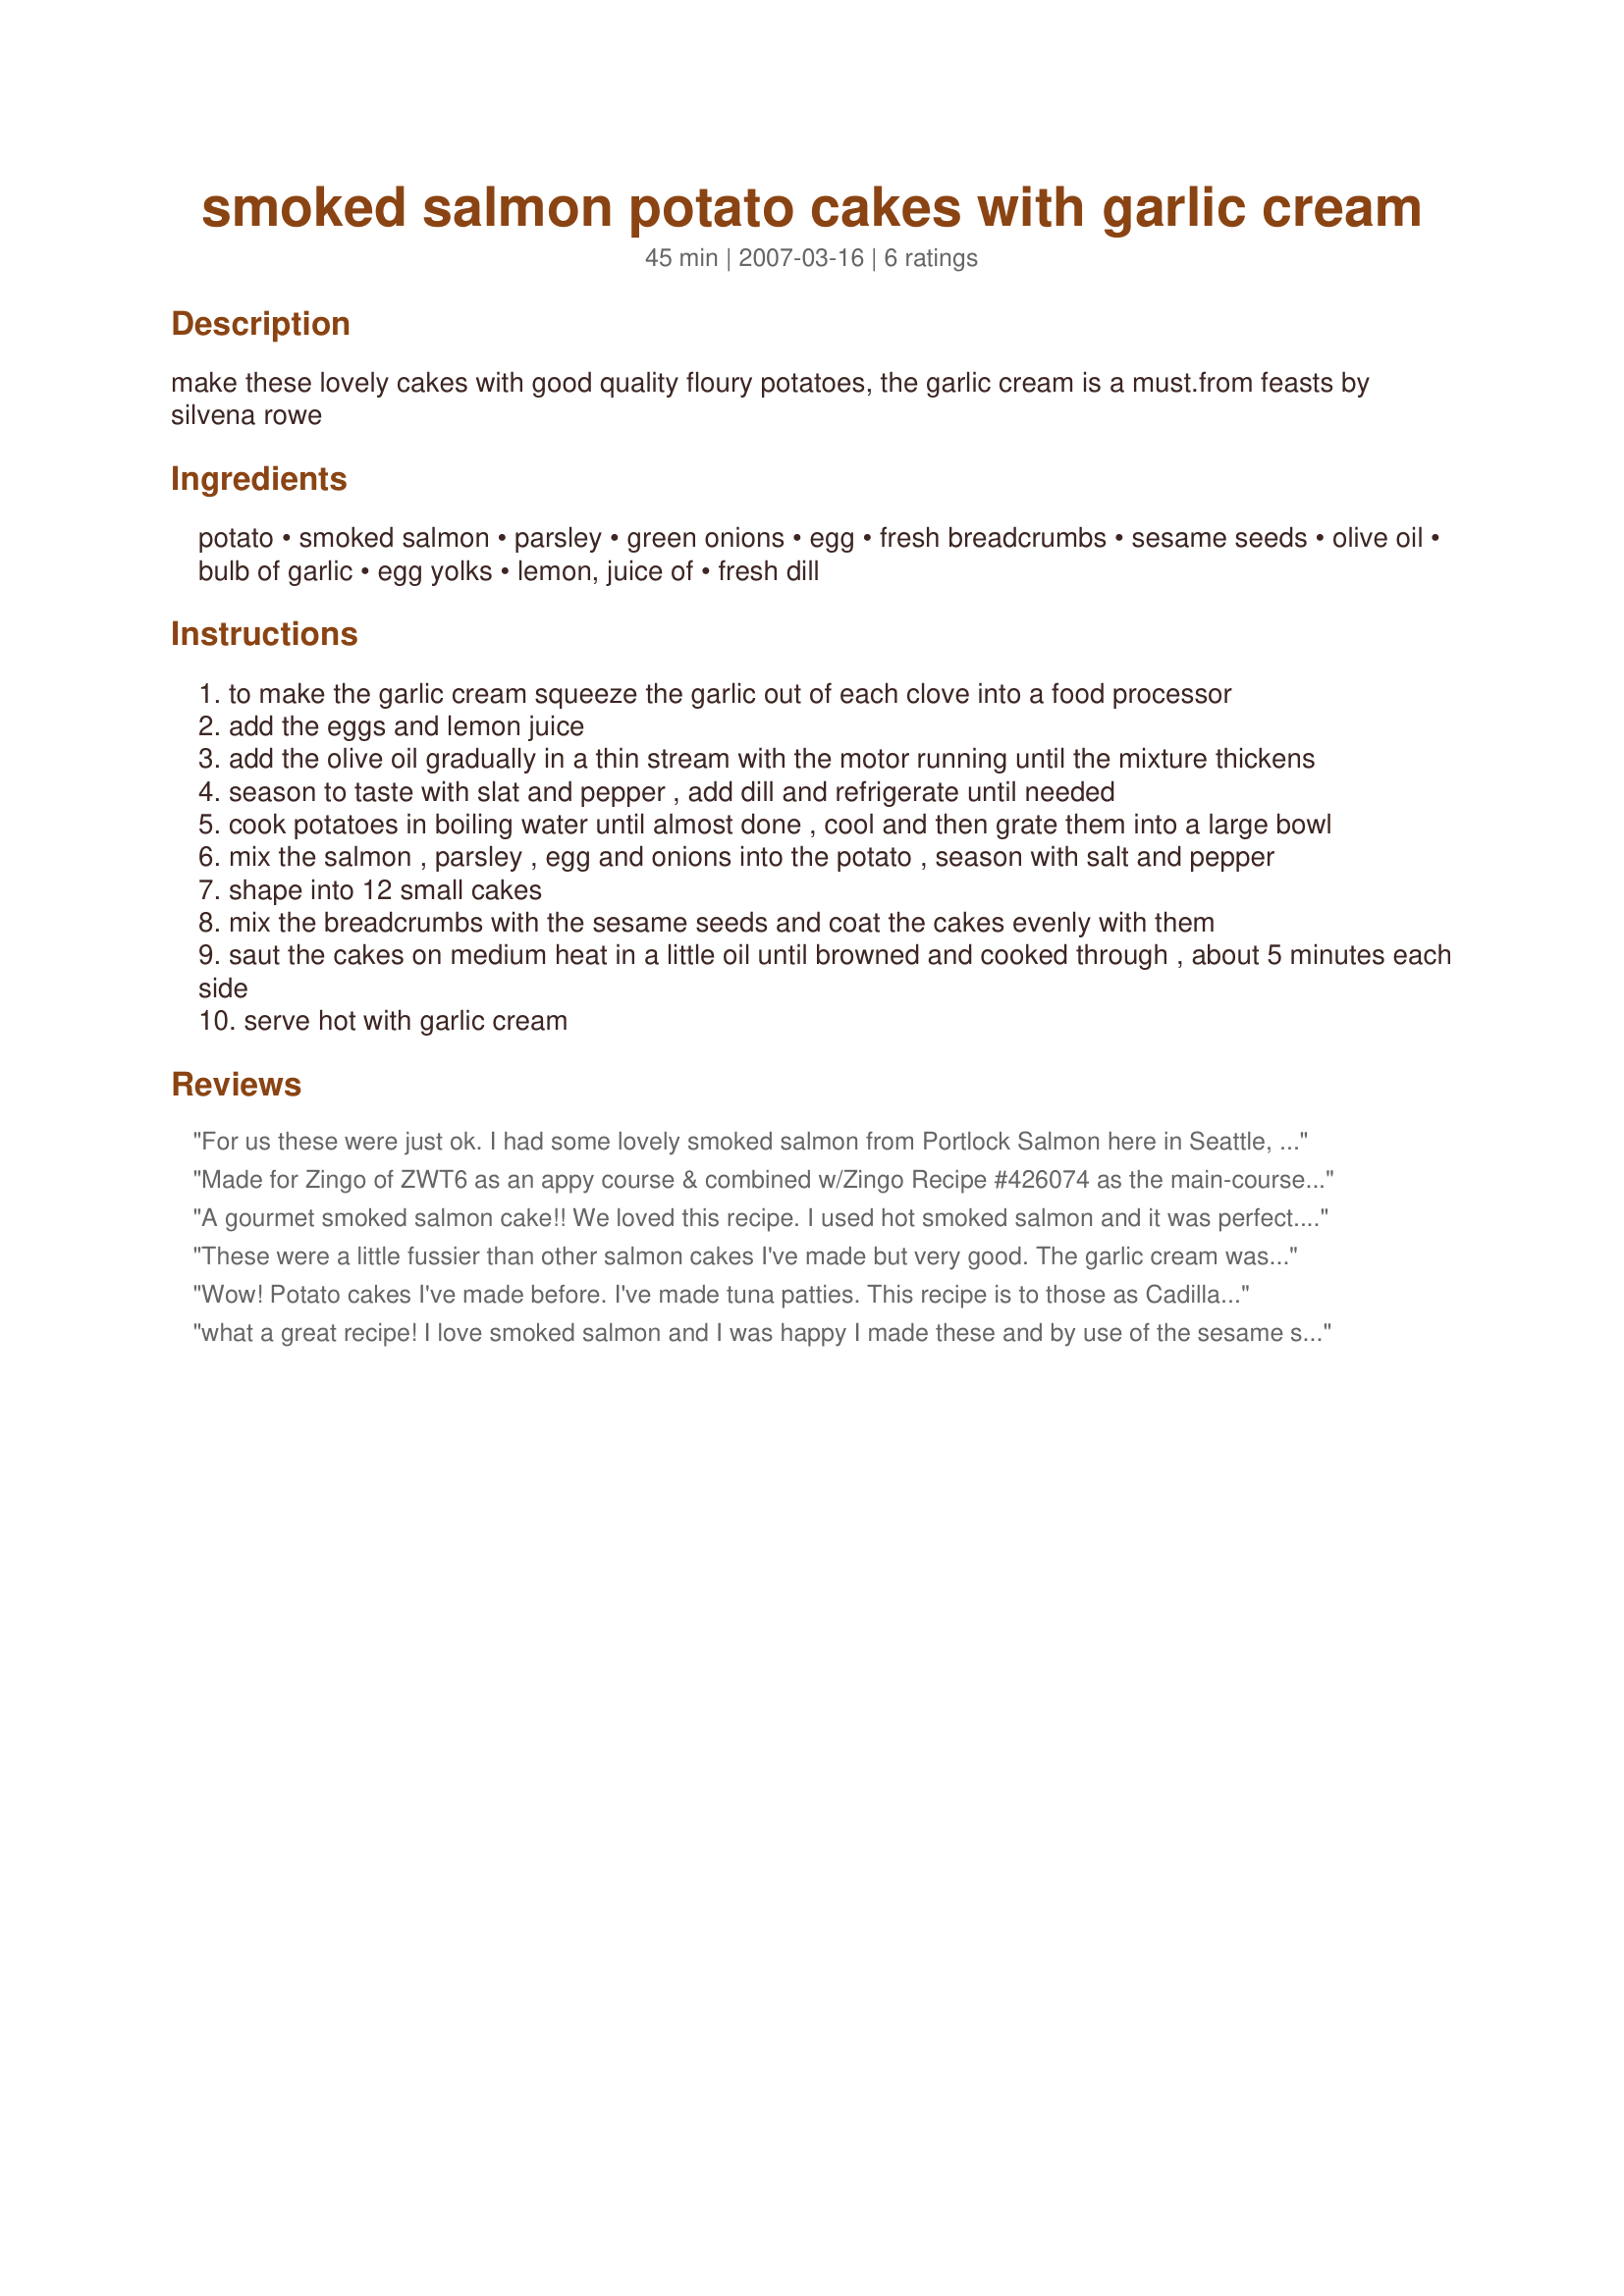
smoked salmon potato cakes with garlic cream
Preparation time: 45 minutes

make these lovely cakes with good quality floury potatoes, the garlic cream is a must.from feasts by silvena rowe

Ingredients:
potato, smoked salmon, parsley, green onions, egg, fresh breadcrumbs, sesame seeds, olive oil, bulb of garlic, egg yolks, lemon, juice of, fresh dill

Steps:
to make the garlic cream squeeze the garlic out of each clove into a food processor
add the eggs and lemon juice
add the olive oil gradually in a thin stream with the motor running until the mixture thickens
season to taste with slat and pepper , add dill and refrigerate until needed
cook potatoes in boiling water until almost done , cool and then grate them into a large bowl
mix the salmon , parsley , egg and onions into the potato , season with salt and pepper
shape into 12 small cakes
mix the breadcrumbs with the sesame seeds and coat the cakes evenly with them
saut the cakes on medium heat in a little oil until browned and cooked through , about 5 minutes each side
serve hot with garlic cream

Reviews:
For us these were just ok. I had some lovely smoked salmon from Portlock Salmon here in Seattle, and I felt it totally got lost in the potato. Overall I thought it need more seasoning, I added pepper but waited to add salt until I cooked them not knowing how salty the salmon would be; we did end up adding a little but maybe some dill or old bay would be good too. The garlic cream was a bit heavy for me, I also thought it needed a little pizzaz so I added extra lemon and a fresh garlic clove. Made for ZWT 6 ZINGO by one of the Unrulies Under the Influence.
Made for Zingo of ZWT6 as an appy course & combined w/Zingo Recipe #426074 as the main-course + an encore of Recipe #425179 as the finale, we celebrated the end of the Tour full & content. Icelanders revere potatoes, smoked salmon & cream sauces, so this recipe was made-to-order for us & did not disappoint. Made as written except for the addition of lemon pepper as a pers pref, the recipe yielded 12 perfect generously-sized appy patties that were easily handled & stayed intact. You are right that these are lovely cakes & the garlic cream sauce is a must. The combo is great, will be remembered as among our favourite ZWT6 tries & is certain to be shared w/our family & friends. Thx for posting this recipe for us & making the Tour even more memorable. :-)
A gourmet smoked salmon cake!! We loved this recipe. I used hot smoked salmon and it was perfect. The only change I made was to serve the garlic cream at room temperature. The combination of flavours in this dish are wonderful. Loved the crusty coating of crumbs and seeds on the cakes. Wonderful, easy recipe. Thanks for posting Lindsey.
These were a little fussier than other salmon cakes I've made but very good. The garlic cream was excellent. Made for ZWT6.
Wow! Potato cakes I've made before. I've made tuna patties. This recipe is to those as Cadillacs are to Yugos! And don't let me even start on the garlic cream! This was made as a light dinner tonight with Recipe #172016. Absolute heaven! Thnx, so much, for sharing your lovely recipe, Lindsey. Made for the Voracious Vagabonds of ZWT 6.
what a great recipe! I love smoked salmon and I was happy I made these and by use of the sesame seeds and skipping the breadcrumbs I was able to make them gfree. I made them quick and served on top of salad but I will definitely make again and get a pic. This is a keeper and like I said works well gfree :) Made for ZWT 6 for Looney Spoon Phoodies.
